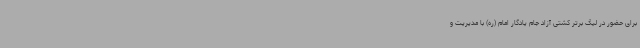
برای حضور در لیگ برتر کشتی آزاد جام یادگار امام (ره) با مدیریت و